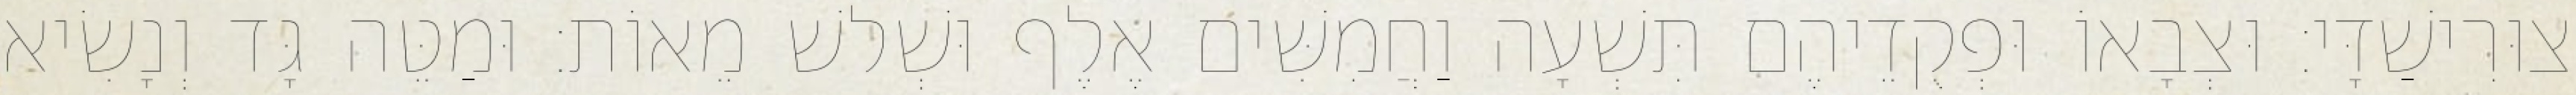
צוּרִישַׁדָּי׃ וּצְבָאוֹ וּפְקֻדֵיהֶם תִּשְׁעָה וַחֲמִשִּׁים אֶלֶף וּשְׁלשׁ מֵאוֹת׃ וּמַטֵּה גָּד וְנָשִׂיא